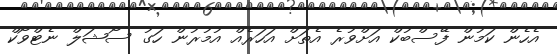
އެހެން ކަމުން ފޭސްބުކް އަށްވުރެ އެތަށް އަހަރެއް އުމުރުން ހަގު ސޯޝަލް ނެޓްވޯކް